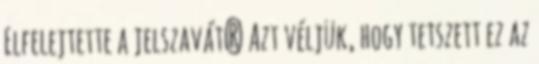
Elfelejtette a jelszavát? Azt véljük, hogy tetszett ez az